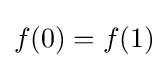
f(0)=f(1)